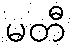
မတီ